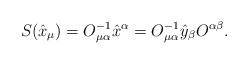
\begin{gather*}{S}(\hat{x}_\mu)=O_{\mu\alpha}^{-1}\hat{x}^\alpha=O_{\mu\alpha}^{-1} \hat{y}_\beta O^{\alpha\beta}.\end{gather*}